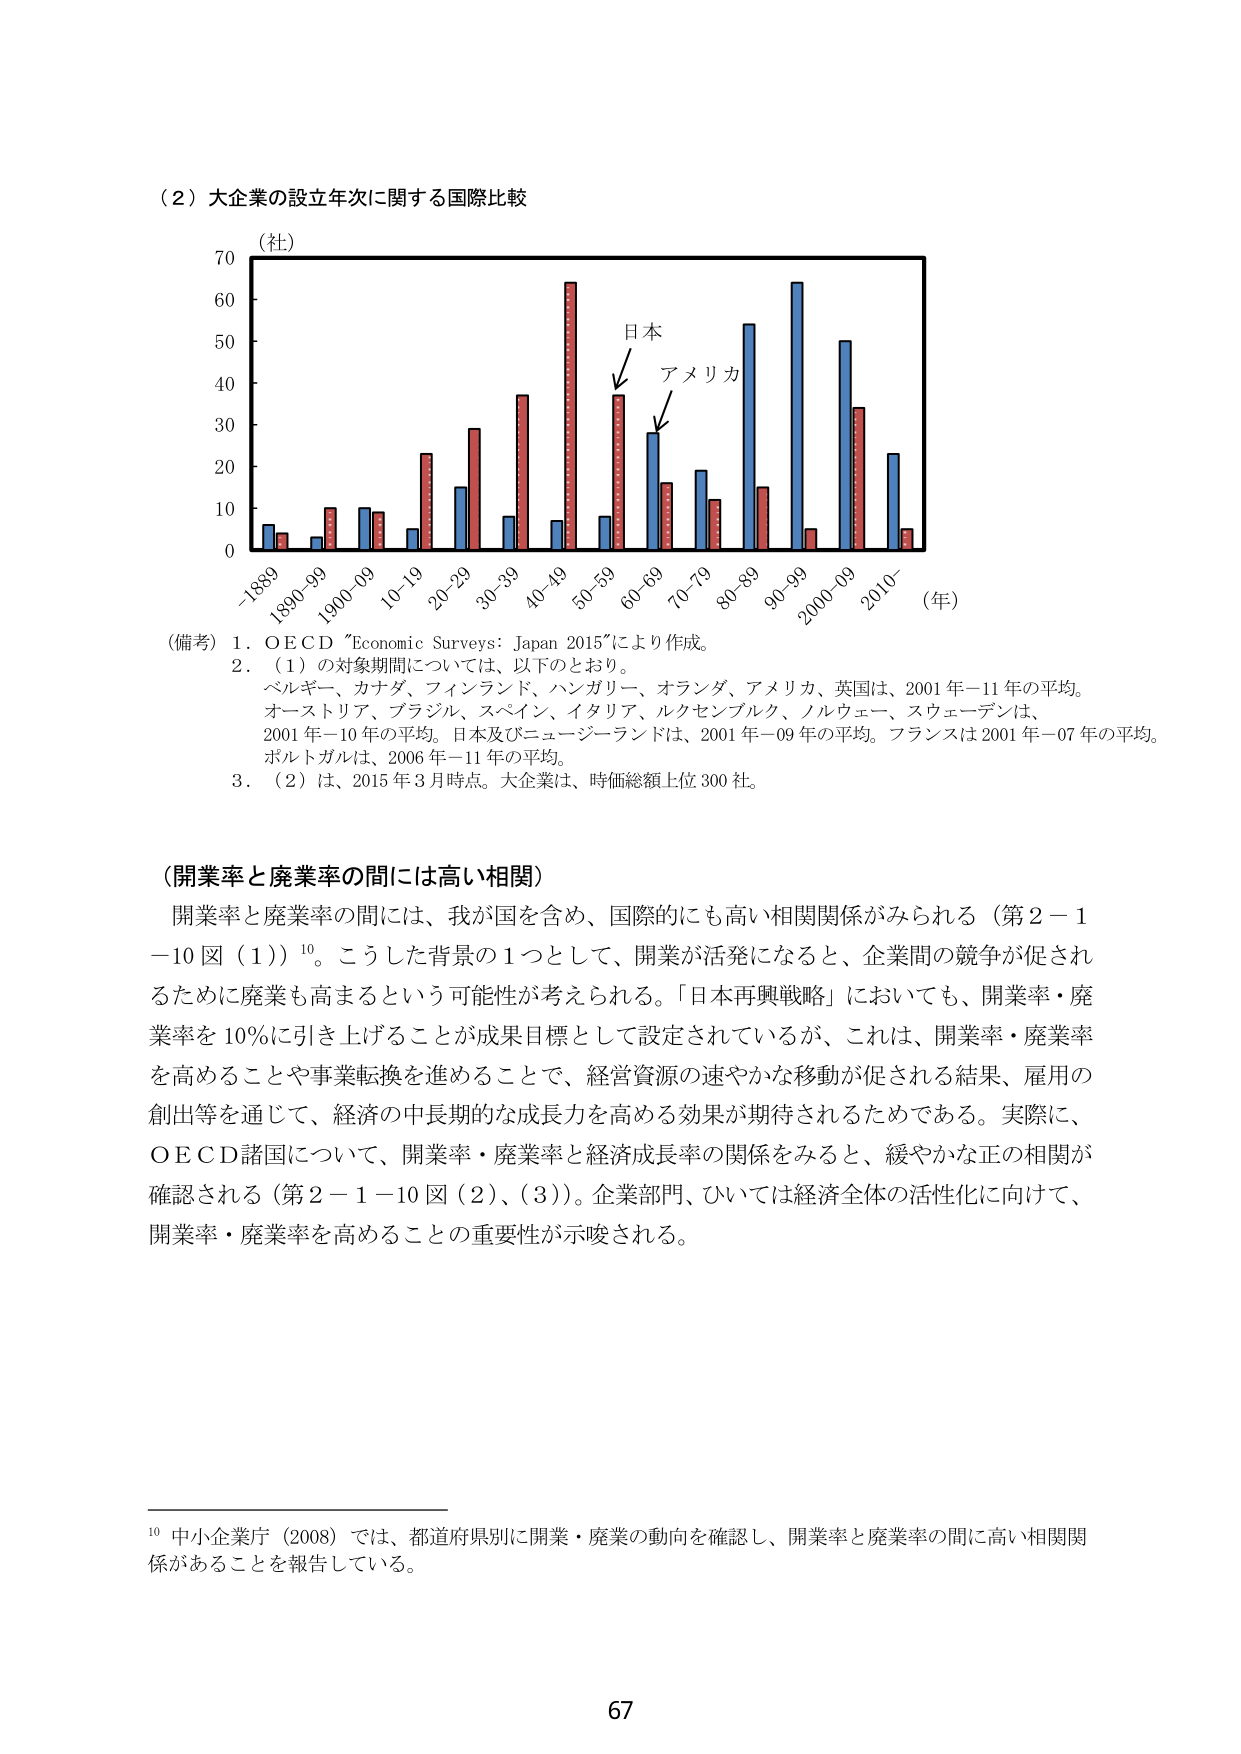
（２）大企業の設立年次に関する国際比較

（社）
70
60
50
40
30
20
10
0
-1889
1890-99
1900-09
10-19
20-29
30-39
40-49
50-59
60-69
70-79
80-89
90-99
2000-09
2010-
（年）

日本
アメリカ

（備考）1．ＯＥＣＤ "Economic Surveys: Japan 2015"により作成。
2．（１）の対象期間については、以下のとおり。
ベルギー、カナダ、フィンランド、ハンガリー、オランダ、アメリカ、英国は、2001年－11年の平均。
オーストリア、ブラジル、スペイン、イタリア、ルクセンブルク、ノルウェー、スウェーデンは、
2001年－10年の平均。日本及びニュージーランドは、2001年－09年の平均。フランスは2001年－07年の平均。
ボルトガルは、2006年－11年の平均。
3．（２）は、2015年3月時点。大企業は、時価総額上位300社。

（開業率と廃業率の間には高い相関）
開業率と廃業率の間には、我が国を含め、国際的にも高い相関関係がみられる（第2－1－10図（1））¹⁰。こうした背景の1つとして、開業が活発になると、企業間の競争が促されるために廃業も高まるという可能性が考えられる。「日本再興戦略」においても、開業率・廃業率を10％に引き上げることが成果目標として設定されているが、これは、開業率・廃業率を高めることや事業転換を進めることで、経営資源の速やかな移動が促される結果、雇用の創出等を通じて、経済の中長期的な成長力を高める効果が期待されるためである。実際に、ＯＥＣＤ諸国について、開業率・廃業率と経済成長率の関係をみると、緩やかな正の相関が確認される（第2－1－10図（2）、（3））。企業部門、ひいては経済全体の活性化に向けて、開業率・廃業率を高めることの重要性が示唆される。

¹⁰ 中小企業庁（2008）では、都道府県別に開業・廃業の動向を確認し、開業率と廃業率の間に高い相関関係があることを報告している。

67